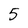
Character: 5